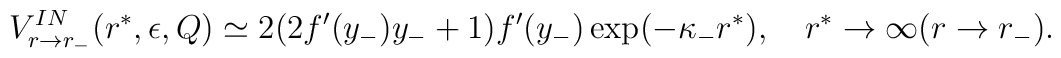
V^{IN}_{r \to r_-}(r^*,\epsilon,Q) \simeq  2 (2 f'(y_-) y_- +1)f'(y_-) \exp(-\kappa_- r^*),~~~r^* \to \infty  (r \to r_-).